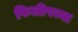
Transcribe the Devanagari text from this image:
फिलीपच्या